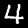
Label: 4